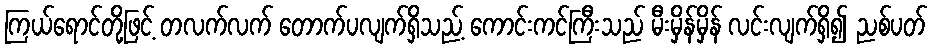
ကြယ်ရောင်တို့ဖြင့် တလက်လက် တောက်ပလျက်ရှိသည့် ကောင်းကင်ကြီးသည် မီးမှိန်မှိန် လင်းလျက်ရှိ၍ ညစ်ပတ်